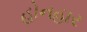
હોનહાર